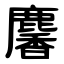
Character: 麘